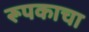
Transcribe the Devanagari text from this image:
रूपकाचा